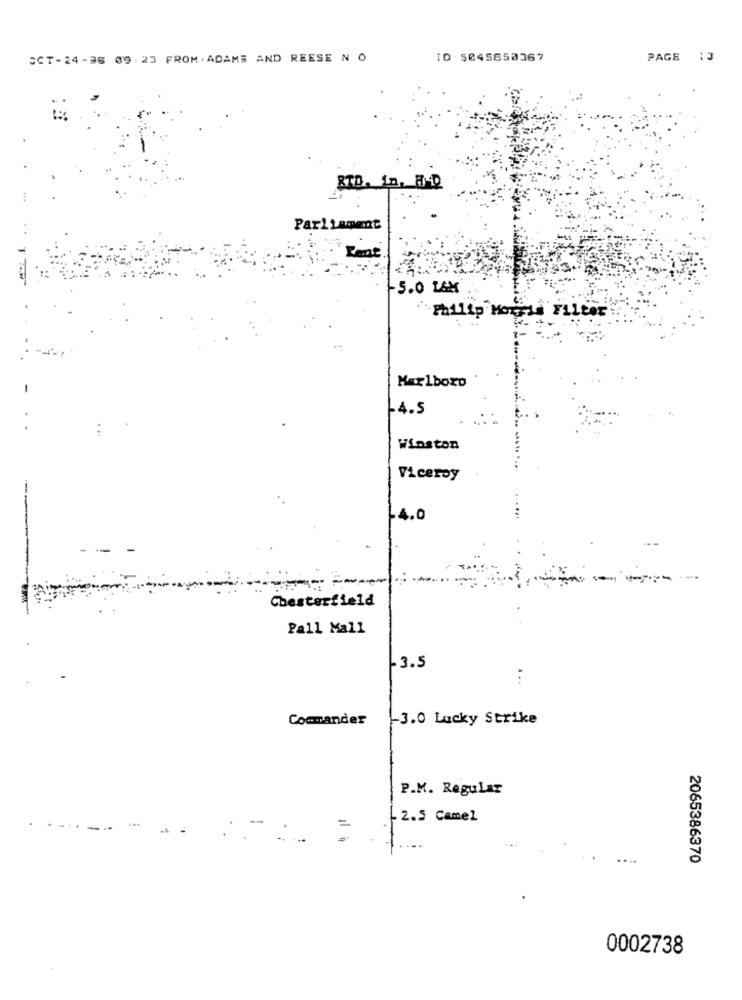
SCT-24-36 09: 23 FROM. ADAMS AND REESE N O
ID . 5045850367
PAGE :3
RTD. in, H-D
Parliament
Rent
-5.0 L&M
`Philip Morris Filter
Marlboro
-4.5
Winston
Viceroy
4.0
-----
Chesterfield
Pall Mall
- 3.5
...
Commander
-3.0 Lucky Strike
P.M. Regular
- 2.5 Camel
2065386370
0002738